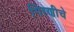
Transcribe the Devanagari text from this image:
गिरणीचे